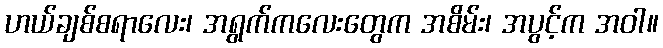
ဟယ်ချစ်စရာလေး၊ အရွက်ကလေးတွေက အစိမ်း၊ အပွင့်က အဝါ။